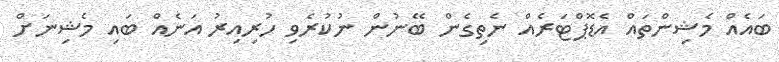
ބައެއް މެޝިންތައް އެޑޮޕްޓަރެއް ނެތިގެން ބޭނުން ނުކުރެވި ހުރިއިރު އަނެއް ބައި މެޝިނަށް